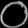
Digit: ၀